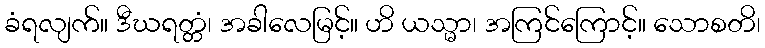
ခံရလျက်။ ဒီဃရတ္တံ၊ အခါလေမြင့်။ ဟိ ယသ္မာ၊ အကြင်ကြောင့်။ သောစတိ၊